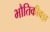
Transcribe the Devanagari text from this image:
भौतिकीवज्ञ